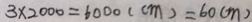
3 \times 2 0 0 0 = 6 0 0 0 ( c m ) = 6 0 ( m )